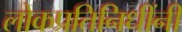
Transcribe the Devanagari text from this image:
लोकप्रतिनिधींनी